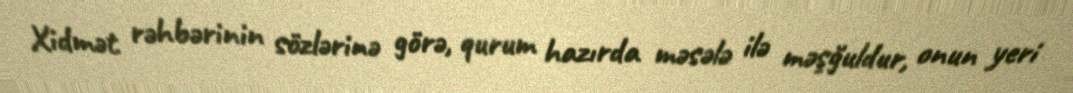
Xidmət rəhbərinin sözlərinə görə, qurum hazırda məsələ ilə məşğuldur, onun yeri